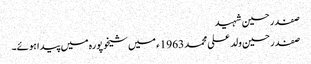
صفدر حسین شہید
صفدر حسین ولد علی محمد 1963ء میں شیخوپورہ میں پیدا ہوئے۔